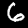
Digit: 6